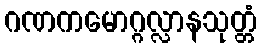
ဂဏကမောဂ္ဂလ္လာနသုတ္တံ